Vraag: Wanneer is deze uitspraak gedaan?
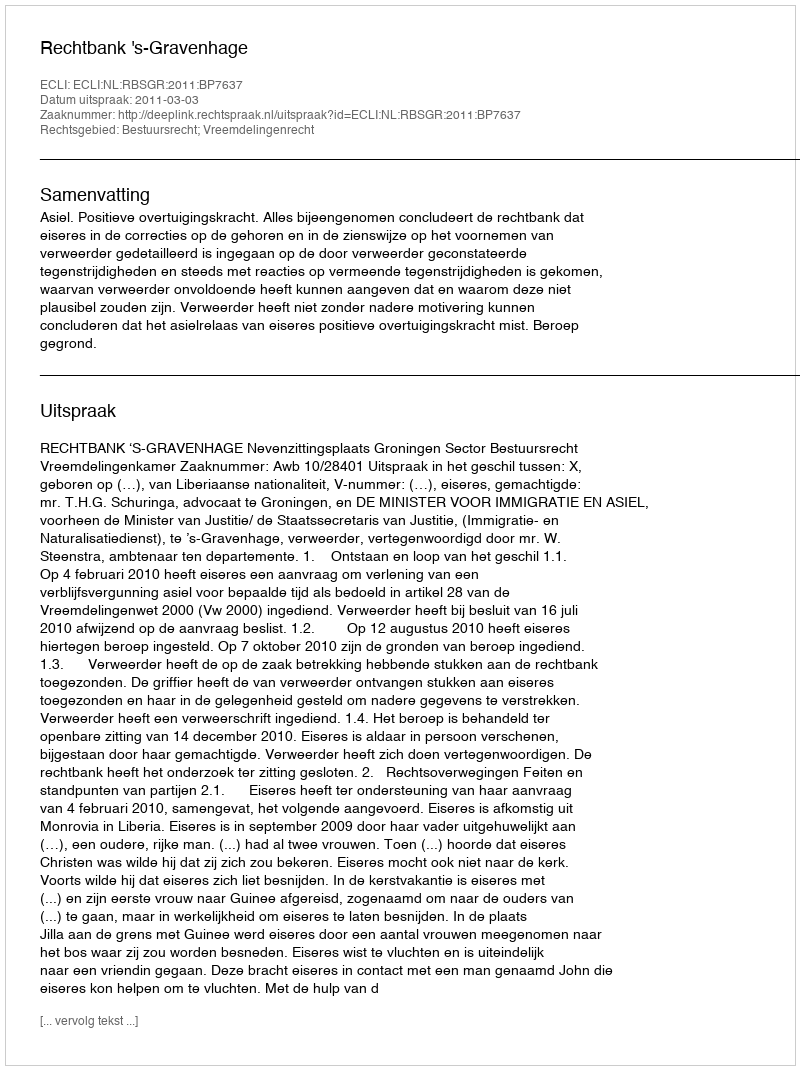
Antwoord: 2011-03-03